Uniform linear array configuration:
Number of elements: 16
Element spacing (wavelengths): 0.75
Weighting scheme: hann
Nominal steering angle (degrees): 60
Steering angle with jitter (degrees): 60.02
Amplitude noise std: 0.05
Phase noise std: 0.05

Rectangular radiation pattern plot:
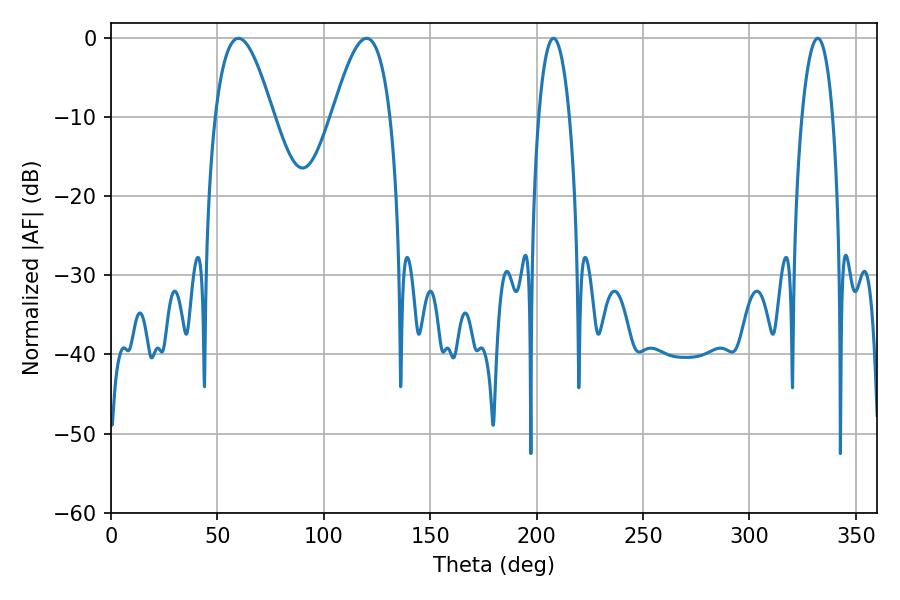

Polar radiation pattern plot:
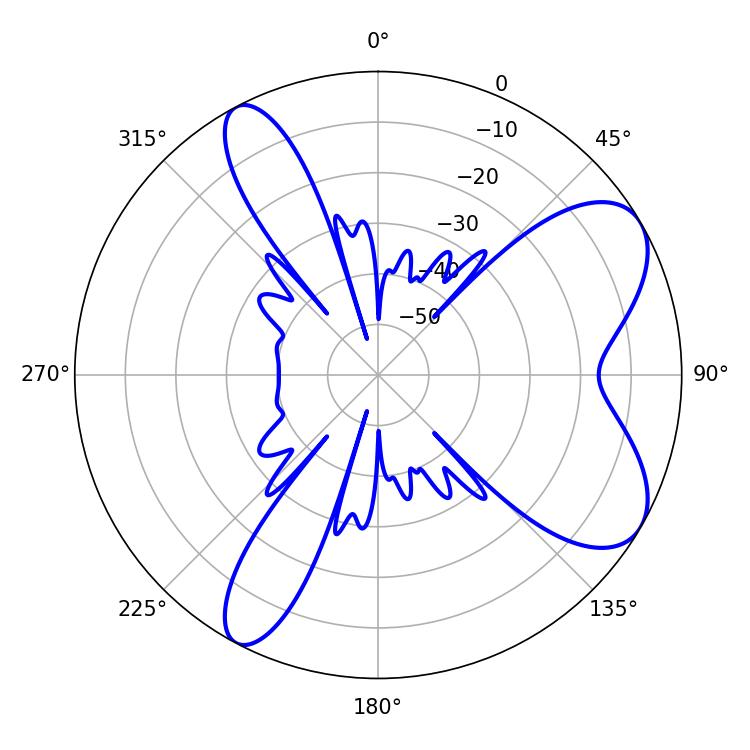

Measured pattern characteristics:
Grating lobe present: TRUE
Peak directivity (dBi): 7.469
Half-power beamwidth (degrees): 8.1
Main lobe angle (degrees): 207.9